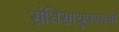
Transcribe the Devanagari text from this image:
संधिसाधूपणाची